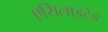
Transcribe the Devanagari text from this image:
एसिलाइटेड